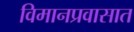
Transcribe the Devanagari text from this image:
विमानप्रवासात